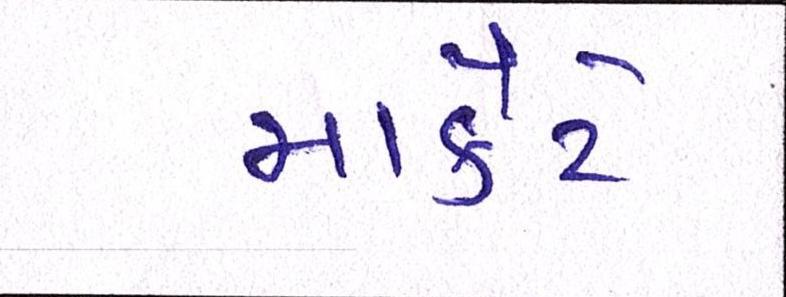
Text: માર્કેટે